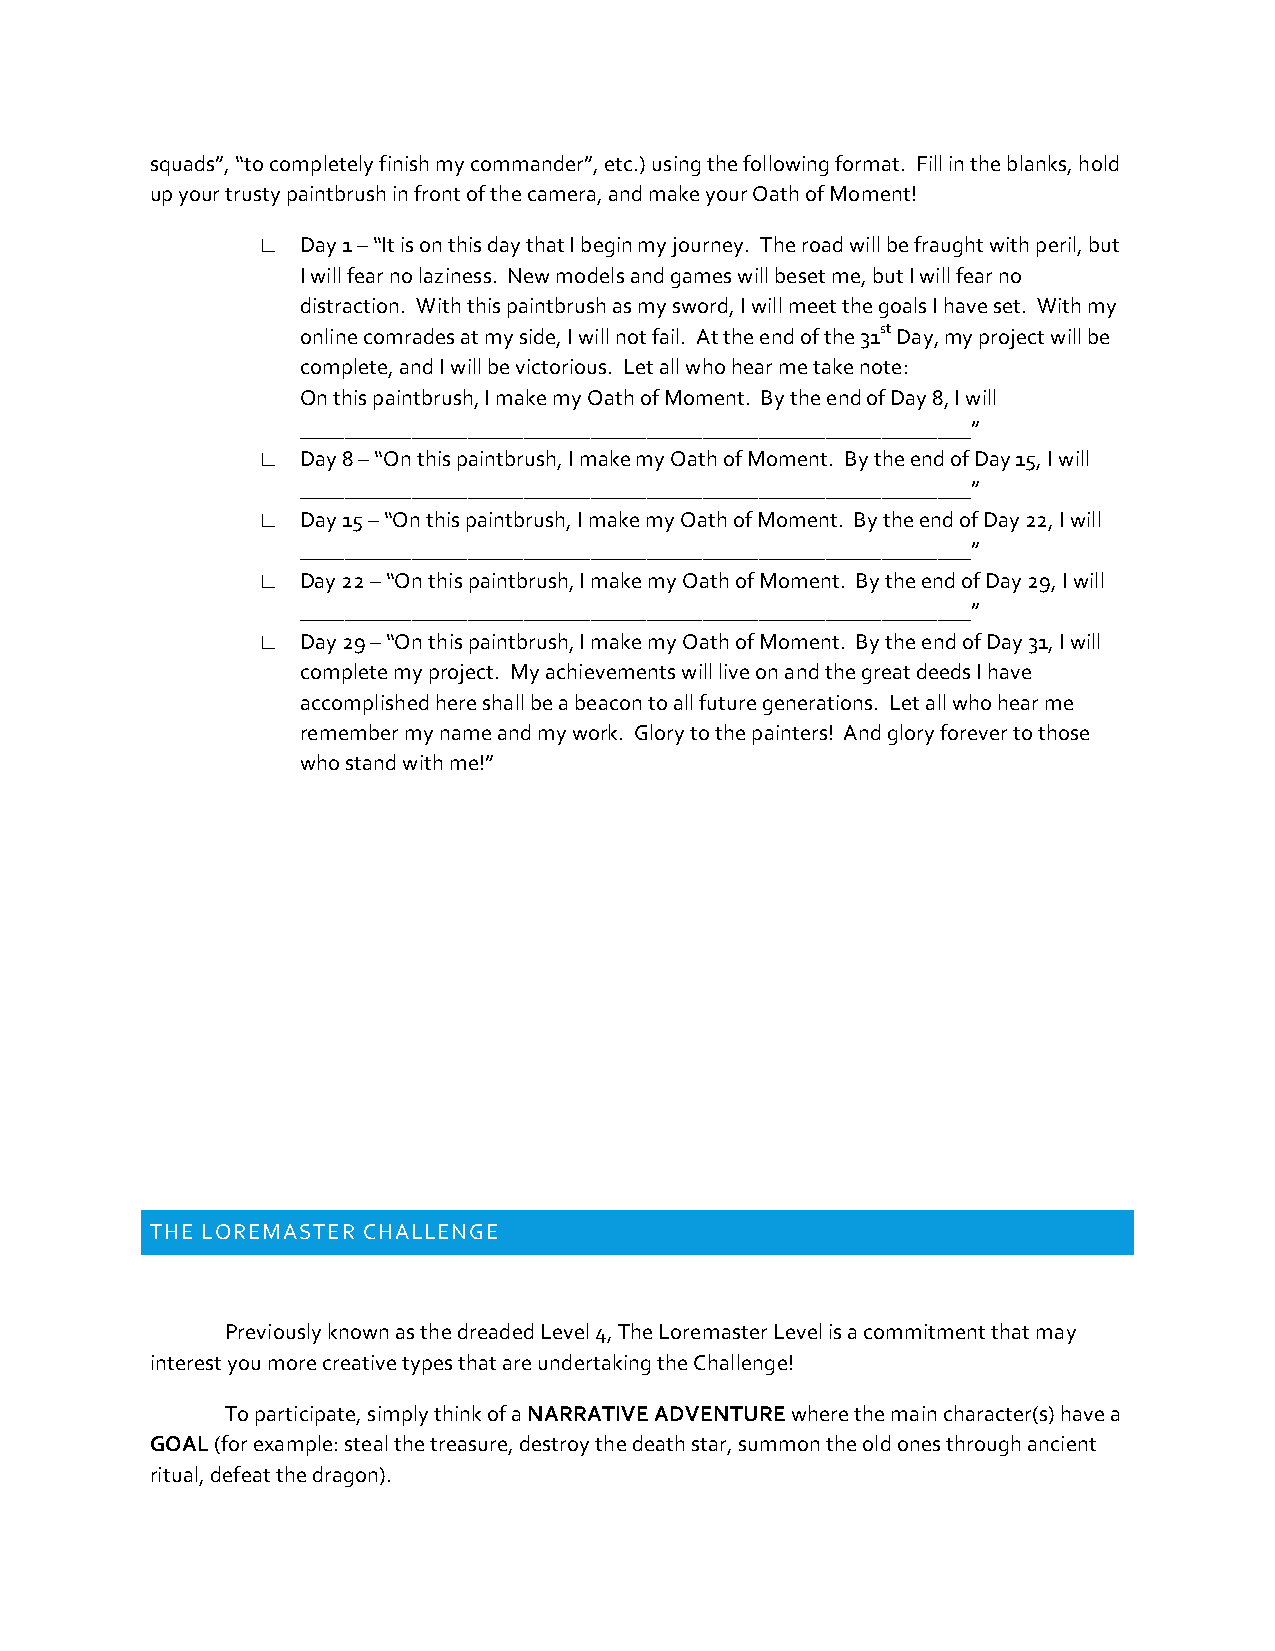
squads”, “to completely finish my commander”, etc.) using the following format. Fill in the blanks, hold
 up your trusty paintbrush in front of the camera, and make your Oath of Moment!
 □  Day 1 – “It is on this day that I begin my journey. The road will be fraught with peril, but
 I will fear no laziness. New models and games will beset me, but I will fear no
 distraction. With this paintbrush as my sword, I will meet the goals I have set. With my
 online comrades at my side, I will not fail. At the end of the 31st Day, my project will be
 complete, and I will be victorious. Let all who hear me take note:
 On this paintbrush, I make my Oath of Moment. By the end of Day 8, I will
 ____________________________________________________________”
 □  Day 8 – “On this paintbrush, I make my Oath of Moment. By the end of Day 15, I will
 ____________________________________________________________”
 □  Day 15 – “On this paintbrush, I make my Oath of Moment. By the end of Day 22, I will
 ____________________________________________________________”
 □  Day 22 – “On this paintbrush, I make my Oath of Moment. By the end of Day 29, I will
 ____________________________________________________________”
 □  Day 29 – “On this paintbrush, I make my Oath of Moment. By the end of Day 31, I will
 complete my project. My achievements will live on and the great deeds I have
 accomplished here shall be a beacon to all future generations. Let all who hear me
 remember my name and my work. Glory to the painters! And glory forever to those
 who stand with me!”
 THE LOREMASTER CHALLENGE
 Previously known as the dreaded Level 4, The Loremaster Level is a commitment that may
 interest you more creative types that are undertaking the Challenge!
 To participate, simply think of a NARRATIVE ADVENTURE where the main character(s) have a
 GOAL (for example: steal the treasure, destroy the death star, summon the old ones through ancient
 ritual, defeat the dragon).